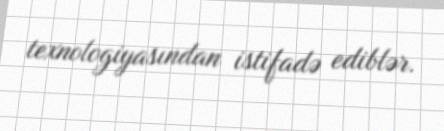
texnologiyasından istifadə ediblər.